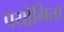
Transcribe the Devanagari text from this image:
पयोगिता